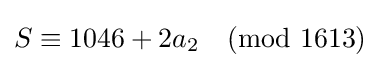
S\equiv 1046+2a_{2}{\pmod {1613}}